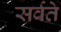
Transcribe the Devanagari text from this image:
सर्वते